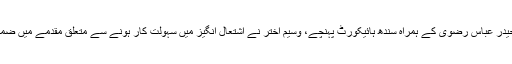
نامزد میئر کراچی وسیم اختر حیدر عباس رضوی کے ہمراہ سندھ ہائیکورٹ پہنچے، وسیم اختر نے اشتعال انگیز میں سہولت کار ہونے سے متعلق مقدمے میں ضمانت کی درخواست دائر کردی۔